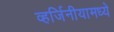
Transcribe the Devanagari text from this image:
व्हर्जिनीयामध्ये